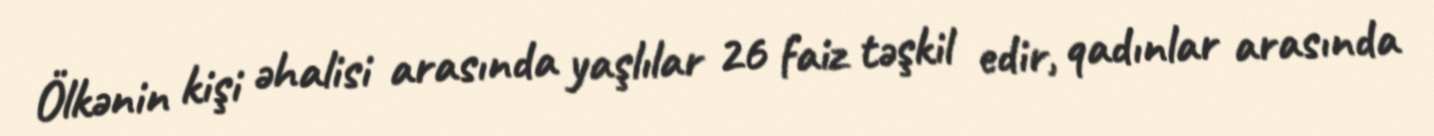
Ölkənin kişi əhalisi arasında yaşlılar 26 faiz təşkil edir, qadınlar arasında